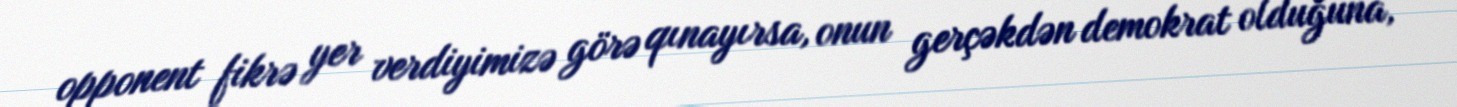
opponent fikrə yer verdiyimizə görə qınayırsa, onun gerçəkdən demokrat olduğuna,